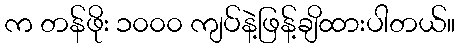
က တန်ဖိုး ၁၀၀၀ ကျပ်နဲ့ဖြန့်ချိထားပါတယ်။